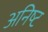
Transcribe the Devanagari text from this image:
अनिष्‍ट